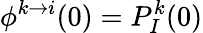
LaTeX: \phi^{k\to i}(0)=P_{I}^{k}(0)